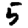
Digit: 5